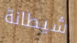
شيطانة